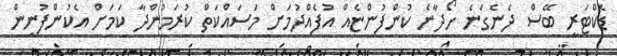
ޑޮކްޓަރީ ބޭސް ދެނެގަނެ ހޯދާނެ ކުންފުންޏެއް އުފެއްދުމަށް މަސައްކަތް ކުރަމުންދާ ކަމަށް އެކުންފުނިން